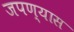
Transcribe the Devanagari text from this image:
जपण्यास